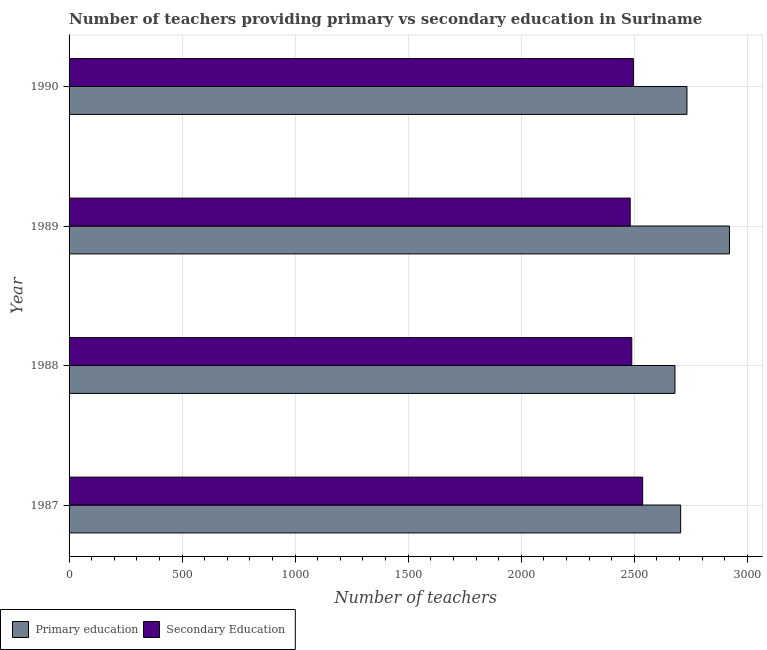
| Year | Primary education | Secondary Education |
 | --- | --- | --- |
 | 1987 | 2.70e+03 | 2.54e+03 |
 | 1988 | 2.68e+03 | 2.49e+03 |
 | 1989 | 2.92e+03 | 2.48e+03 |
 | 1990 | 2.73e+03 | 2.5e+03 |